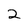
Character: 2